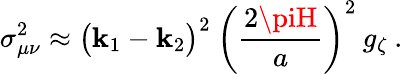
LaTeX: \sigma_{\mu\nu}^{2}\approx\big(\mathbf{k}_{1}-\mathbf{k}_{2}\big)^{2}\: \left(\frac{{2\piH}}{{a}}\right)^{2}\: g_{\zeta}\: .